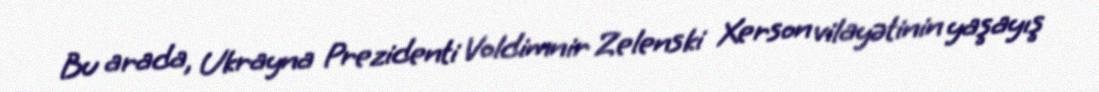
Bu arada, Ukrayna Prezidenti Voldimnir Zelenski Xerson vilayətinin yaşayış